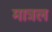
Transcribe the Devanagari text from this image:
मात्रल